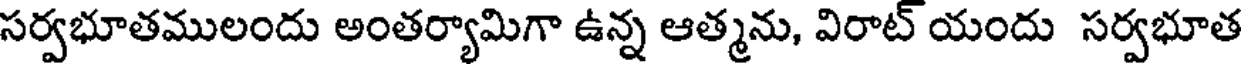
సర్వభూతములందు అంతర్యామిగా ఉన్న ఆత్మను, విరాట్ యందు సర్వభూత